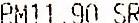
RM11.90 SR